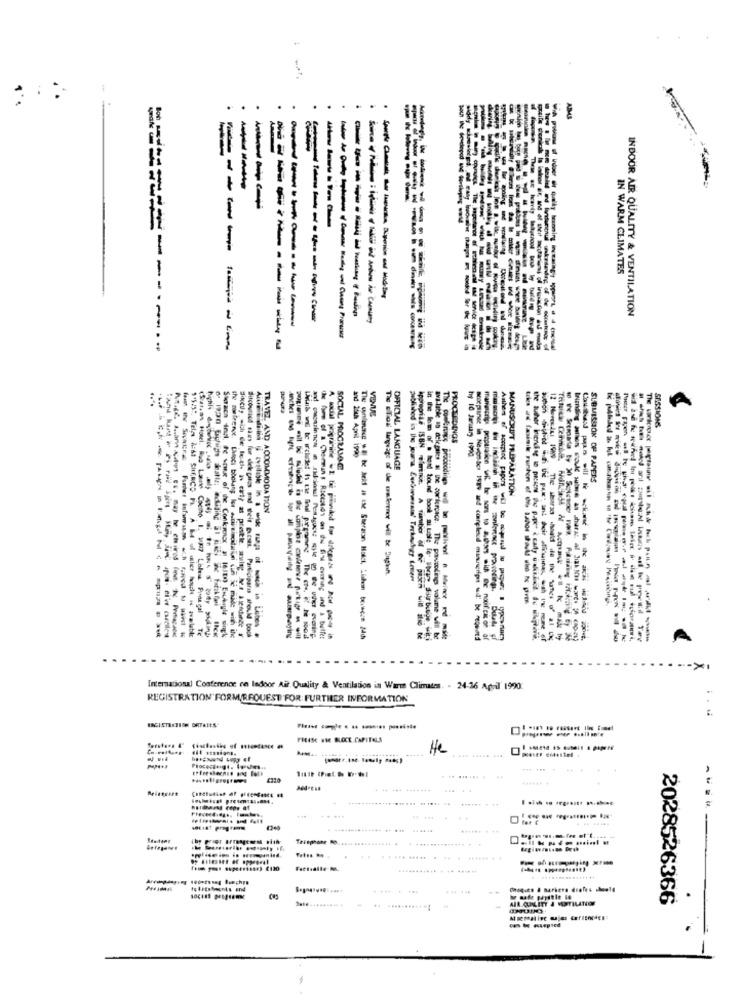
--
-
-----
IN WARM CLIMATES
--
INDOOR AIR QUALITY & VENTILATION
---------
----------
-----
---
-----------
A
SESSIONS
PROCEEDINGS
---
SOCIAL PROGRAMOG
OFFICIAL LANGUAGE
SUBMISSION OF PAPERS
MANUSOUT PREPARATION
TRAVEL AND ACCOMMODATION
(Siatsas Hotel. Rua Lauw Cocino 1. 187 Loles Pragal Te
Storach ini, te wout of the Conkrence # 16JE) Enhayle wingk
the mostrence. Chocs bbeling for marsistation in is made with the
-------------
some of a cheemans Roccatids on the fixe evening and ' buffer
--------- ----
The wnleeg wil be held in ise Sheraton Hotel, Lishen beiwcze 24th
in the ken of . tex tound book aiuole fe- barn suurbutde witi
ailable as delegates & the coricecace. The priscodings volume will be
Asthen of acceptog papers will be mord tu propers i typownach
-----------
------ -- -
--- - -------
---- -----------
----- -------
A
International Conference ce ladoor Air Quality & Ventilation in Warm Climates. - 24-36 April 1990.
REGISTRATION FORM/REQUEST FOR FURTHER INFORMATION
FREASE SHE BLOCE.CAPITOLS
He
.. ...... .
DedPESS
=
....
... . ...... ..
Fattodile-M
.... ......
.... .
AIR QUALITY & VENTILATION
2028526366